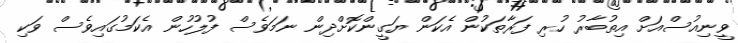
ވީނިއުސްއަށް އިތުބާރު ހުރި ފަރާތަކުން އެކަން ޔަގީންކޮށްދިން ނަމަވެސް ފުލުހުން އެކަމުގައިވެސް ވަކި